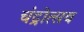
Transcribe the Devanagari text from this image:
चंद्रोत्सव